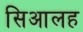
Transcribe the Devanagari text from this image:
सिआलह